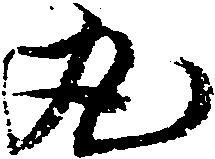
丸